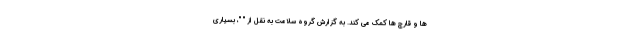
ها و قارچ ها کمک می کند. به گزارش گروه سلامت به نقل از " "، بسیاری